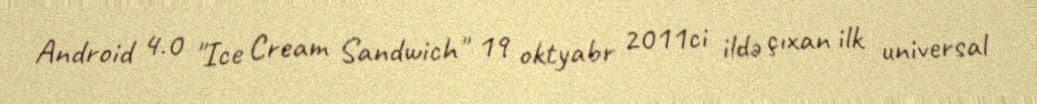
Android 4.0 "Ice Cream Sandwich" 19 oktyabr 2011ci ildə çıxan ilk universal